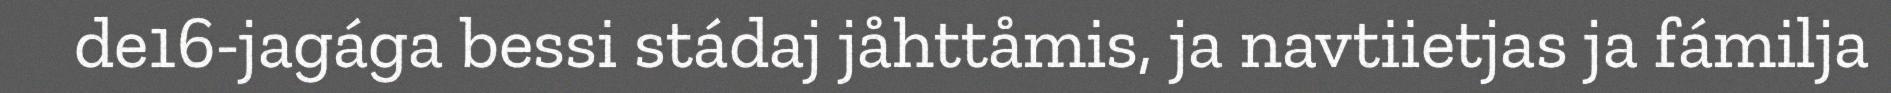
de16-jagága bessi stádaj jåhttåmis, ja navtiietjas ja fámilja